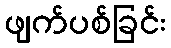
ဖျက်ပစ်ခြင်း